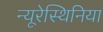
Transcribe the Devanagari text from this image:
न्यूरेस्थिनिया